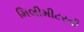
મિલીમીટરની